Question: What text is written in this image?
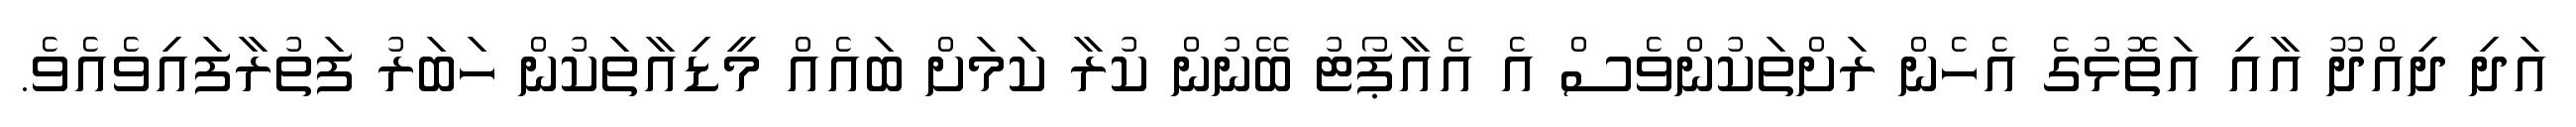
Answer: އަދި ދިއްދޫ އާއި އަތޮޅުގެ އެހެން ރަށްތަކުންވެސް އެ އެއާޕޯޓު ބޭނުން ކުރާ ކަމަށް ބައެއް މީޑިއާތަކުން ހަބަރު ފަތުރާފައިވެއެވެ.